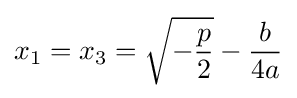
x_{1}=x_{3}={\sqrt {-{\frac {p}{2}}}}-{\frac {b}{4a}}